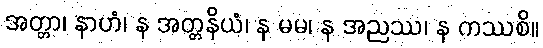
အတ္တာ၊ နာဟံ၊ န အတ္တနိယံ၊ န မမ၊ န အညဿ၊ န ကဿစိ။